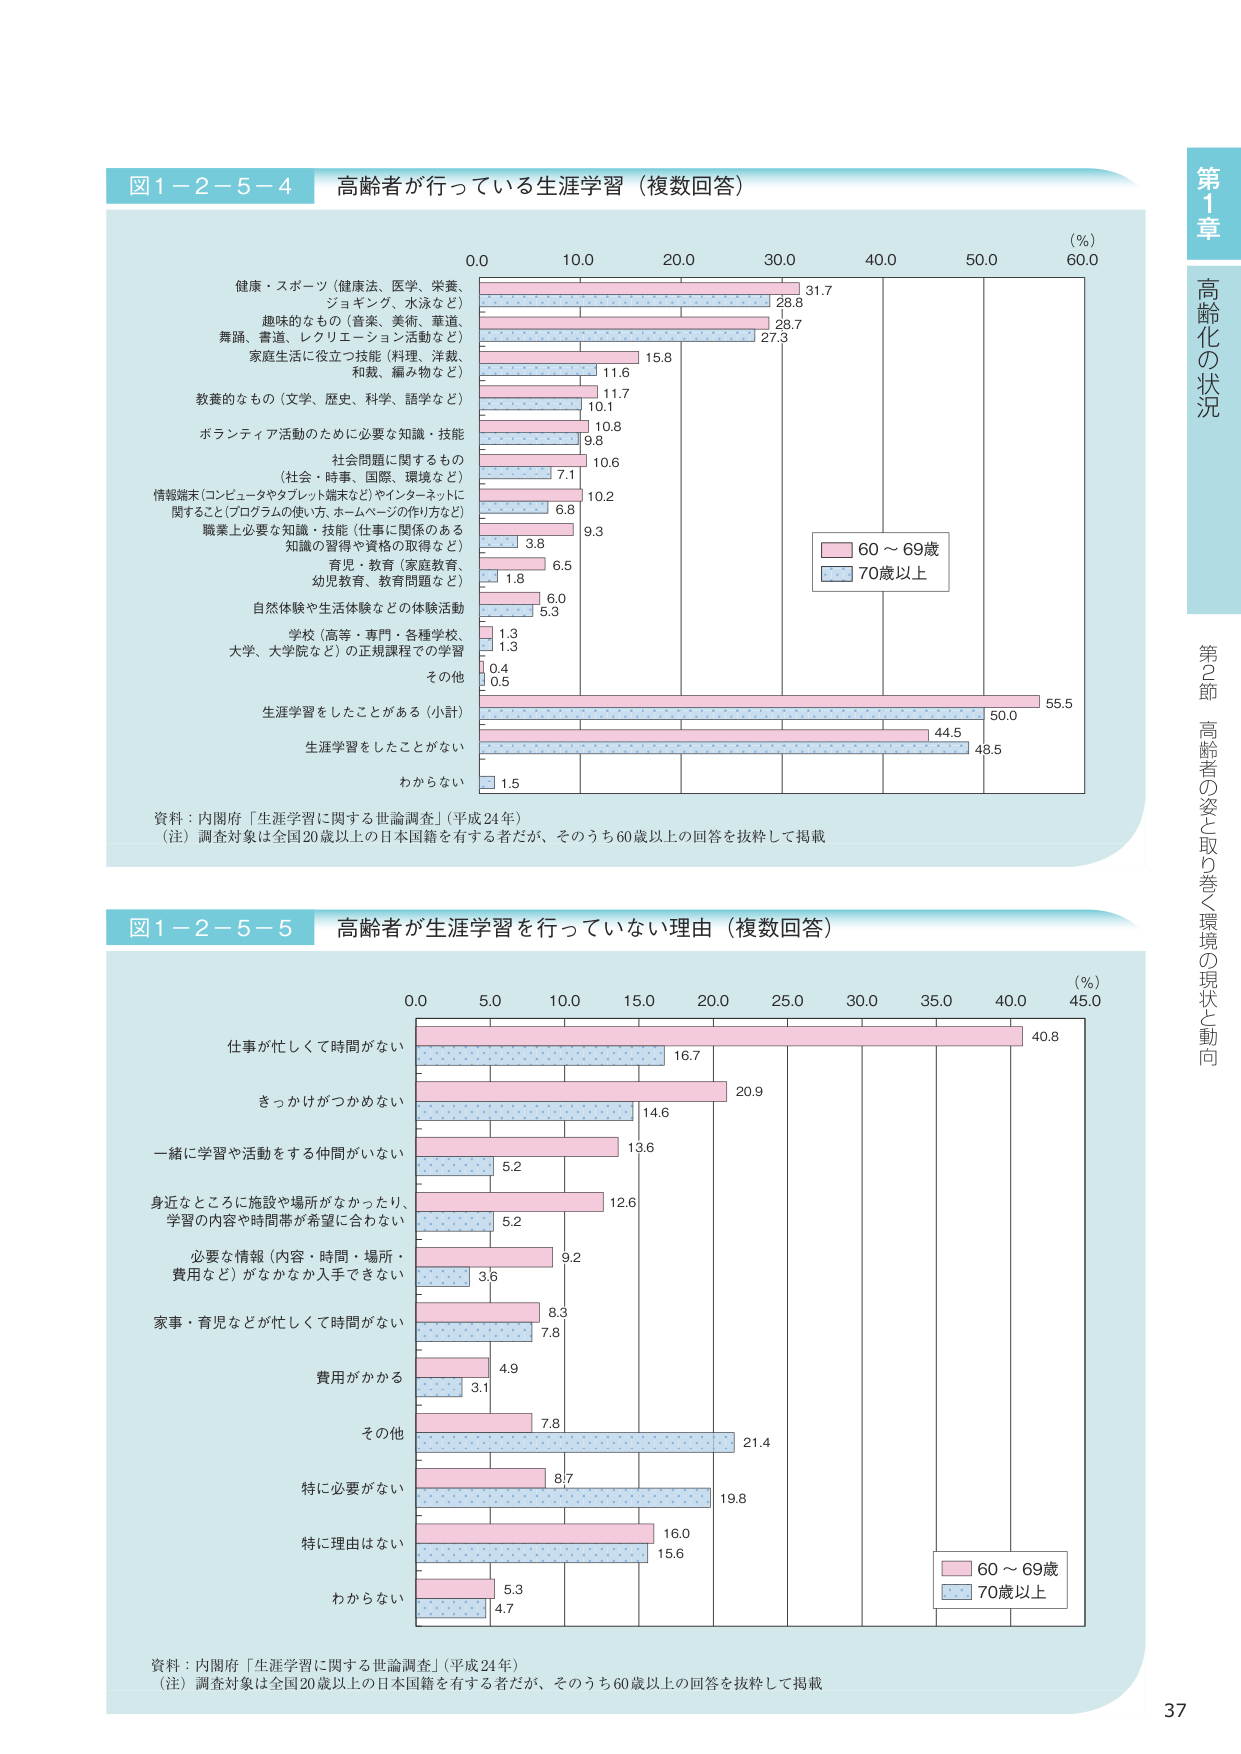
図1-2-5-4 高齢者が行っている生涯学習（複数回答）

（%）
0.0 10.0 20.0 30.0 40.0 50.0 60.0

健康・スポーツ（健康法、医学、栄養、ジョギング、水泳など） 31.7 28.8
趣味のなもの（音楽、美術、華道、舞踊、書道、レクリエーション活動など） 28.7 27.3
家庭生活に役立つ技能（料理、洋裁、和裁、編み物など） 15.8 11.6
教養のなもの（文学、歴史、科学、語学など） 11.7 10.1
ボランティア活動のために必要な知識・技能 10.8 9.8
社会問題に関するもの（社会・時事、国際、環境など） 10.6 7.1
情報端末（コンピュータやタブレット端末など）やインターネットに関すること（プログラムの使い方、ホームページの作り方など） 10.2 6.8
職業上必要な知識・技能（仕事に関係のある知識の習得や資格の取得など） 9.3 3.8
育児・教育（家庭教育、幼児教育、教育問題など） 6.5 1.8
自然体験や生活体験などの体験活動 6.0 5.3
学校（高等・専門・各種学校、大学、大学院など）の正規課程での学習 1.3 1.3
その他 0.4 0.5
生涯学習をしたことがある（小計） 55.5 50.0
生涯学習をしたことがない 44.5 48.5
わからない 1.5

資料：内閣府「生涯学習に関する世論調査」（平成24年）
（注）調査対象は全国20歳以上の日本国籍を有する者だが、そのうち60歳以上の回答を抜粋して掲載

図1-2-5-5 高齢者が生涯学習を行っていない理由（複数回答）

（%）
0.0 5.0 10.0 15.0 20.0 25.0 30.0 35.0 40.0 45.0

仕事が忙しくて時間がない 40.8 16.7
きっかけがつかめない 20.9 14.6
一緒に学習や活動をする仲間がいない 13.6 5.2
身近なところに施設や場所がなかったり、学習の内容や時間帯が希望に合わない 12.6 5.2
必要な情報（内容・時間・場所・費用など）がなかなか入手できない 9.2 3.6
家事・育児などが忙しくて時間がない 8.3 7.8
費用がかかる 4.9 3.1
その他 7.8 21.4
特に必要がない 8.7 19.8
特に理由はない 16.0 15.6
わからない 5.3 4.7

資料：内閣府「生涯学習に関する世論調査」（平成24年）
（注）調査対象は全国20歳以上の日本国籍を有する者だが、そのうち60歳以上の回答を抜粋して掲載

第1章 高齢化の状況
第2節 高齢者の姿と取り巻く環境の現状と動向

37

60～69歳
70歳以上

60～69歳
70歳以上